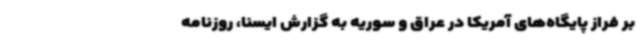
بر فراز پایگاه‌های آمریکا در عراق و سوریه به گزارش ایسنا، روزنامه